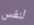
لنفس